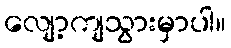
လျော့ကျသွားမှာပါ။